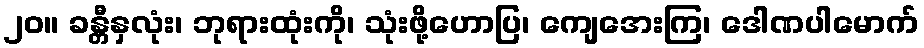
၂၀။ ခန္တီနှလုံး၊ ဘုရားထုံးကို၊ သုံးဖို့ဟောပြ၊ ကျေအေးကြ၊ ဒေါဏပါမောက်